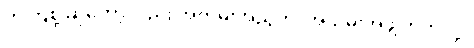
ကကြစို့ ဆိုတော့လည်း အတိမ်းအညွတ်၊ အယိမ်းအဖွဲ့ ကိုက်လို့။